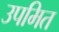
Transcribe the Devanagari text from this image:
उपमित